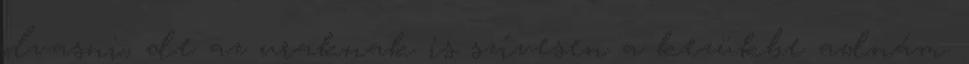
olvasni, de az uraknak is szívesen a kezükbe adnám.